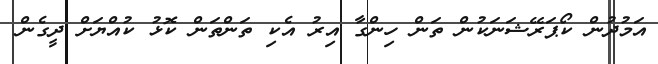
އަމުދުން ކޯޕަރޭޝަނަކުން ތަން ހިންގާ އިރު އެކި ތަންތަން ކޮޅު ކުއްޔަށް ދީގެން